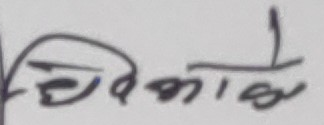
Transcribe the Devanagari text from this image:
विकास